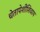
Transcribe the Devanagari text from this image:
चेतापेशींशिवाय